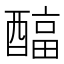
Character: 𲆹